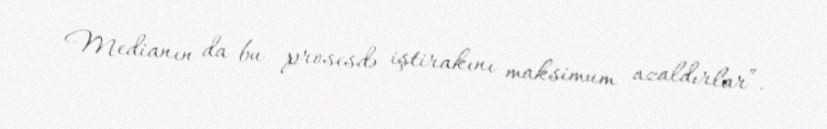
Medianın da bu prosesdə iştirakını maksimum azaldırlar”.